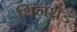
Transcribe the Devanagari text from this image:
थिनथ्रेड